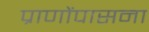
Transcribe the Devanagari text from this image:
प्राणोंपासना